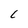
Character: L